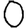
Digit: 0